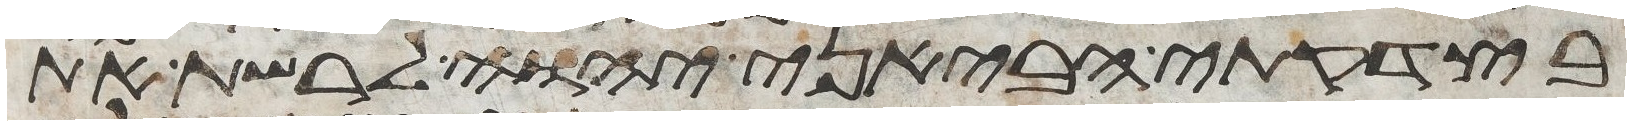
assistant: בצדקתי הביאני יהוה לרשת את